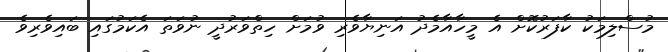
މުސްލިމަކު ކާފަރުކޮށް އެ މީހާއާމެދު އަނިޔާވެރި ވުމަށް ހިތްވަރުދީ ނުވަތަ އެކަމުގައި ބައިވެރިވެ